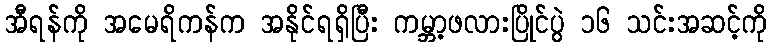
အီရန်ကို အမေရိကန်က အနိုင်ရရှိပြီး ကမ္ဘာ့ဖလားပြိုင်ပွဲ ၁၆ သင်းအဆင့်ကို